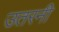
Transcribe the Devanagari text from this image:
उतरनी